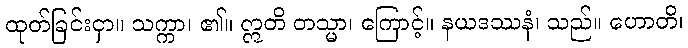
ထုတ်ခြင်းငှာ။ သက္ကာ၊ ၏။ ဣတိ တသ္မာ၊ ကြောင့်။ နယဒဿနံ၊ သည်။ ဟောတိ၊